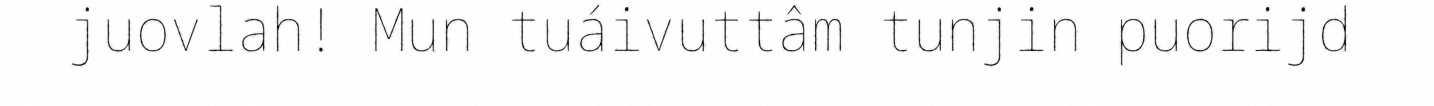
juovlah! Mun tuáivuttâm tunjin puorijd